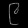
Digit: ၉